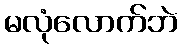
မလုံလောက်ဘဲ